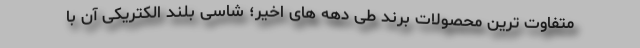
متفاوت ترین محصولات برند طی دهه های اخیر؛ شاسی بلند الکتریکی آن با